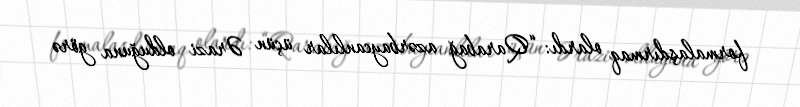
formalaşdırmaq olardı: “Qarabağ azərbaycanlılar üçün Ərazi olduğuna görə